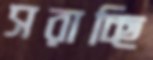
সরাচ্ছি